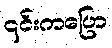
၎င်းကပြော